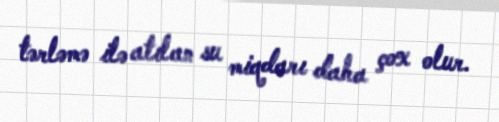
tərləmə ilə atılan su miqdarı daha çox olur.